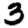
Digit: 3